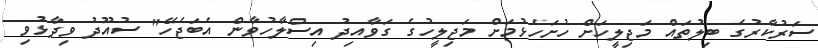
ސަރުކާރުގެ ބިލުތައް މަޖިލީހަށް ހުށަހެޅުމަށް މަޖިލީހުގެ ގަވާއިދު އިސްލާހުވާން އެބަޖެހޭ" ސުއޫދު ވިދާޅުވި